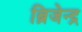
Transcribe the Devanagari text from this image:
ब्रिजेन्द्र